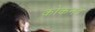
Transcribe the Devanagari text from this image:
कोकनद